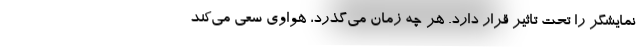
نمایشگر را تحت تاثیر قرار دارد. هر چه زمان می‌گذرد، هواوی سعی می‌کند